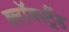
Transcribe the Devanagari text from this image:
ब्लॉमस्ट्रैंड